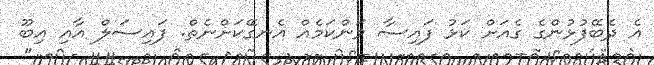
އެ ދެބޭފުޅުންގެ ގެއަށް ކަޅު ފައިސާ ވަންކަމެއް އެނގޭކަށްނެތް. ފައިސަލް އާއި އިބޫ